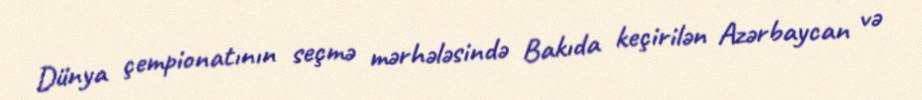
Dünya çempionatının seçmə mərhələsində Bakıda keçirilən Azərbaycan və